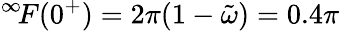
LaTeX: ^{\infty}\! F(0^{+})=2\pi(1-\tilde{\omega})=0.4\pi